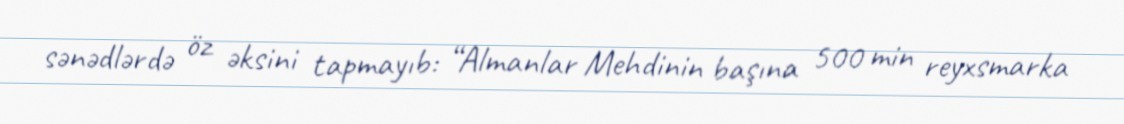
sənədlərdə öz əksini tapmayıb: “Almanlar Mehdinin başına 500 min reyxsmarka